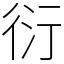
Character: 衍